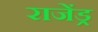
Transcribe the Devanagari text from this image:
राजेंड्र